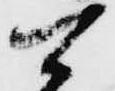
可